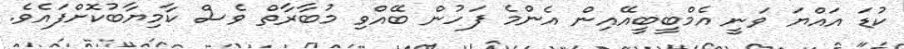
ކުޑަ އައްޔަ ވަނީ އެމްބީބީއޭއިން އެންމެ ފަހުން ބޭއްވި މުބާރާތް ވެސް ކާމިޔާބުކޮށްފައެވެ.